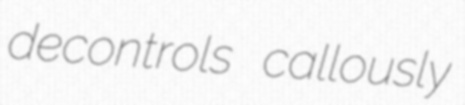
decontrols callously